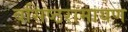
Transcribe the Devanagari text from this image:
वसिष्ठरामायण